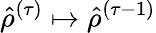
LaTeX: {\hat{\rho}}^{(\tau)}\mapsto{\hat{\rho}}^{(\tau-1)}